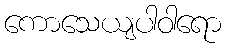
ကောသေယျပါဝါရော